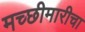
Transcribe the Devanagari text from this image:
मच्छीमारीचा